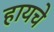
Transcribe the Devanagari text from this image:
हायचे